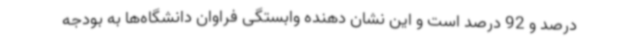
درصد و 92 درصد است و این نشان دهنده وابستگی فراوان دانشگاه‌ها به بودجه